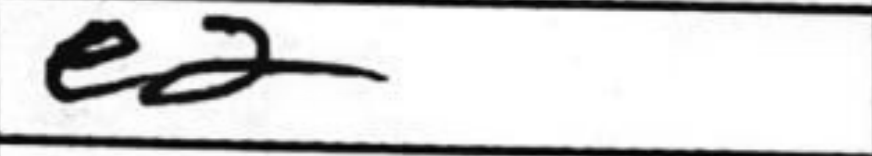
Transcription: e2